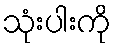
သုံးပါးကို